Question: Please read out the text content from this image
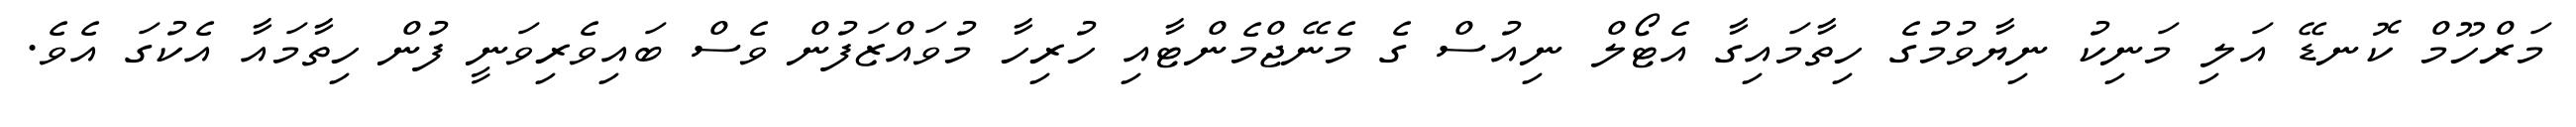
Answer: މަރްހޫމް ކޮނޑޭ އަލި މަނިކު ނިޔާވުމުގެ ހިތާމައިގާ އެޓޯލް ނިއުސް ގެ މެނޭޖްމެންޓާއި ހުރިހާ މުވައްޒަފުން ވެސް ބައިވެރިވަނީ ފުން ހިތާމައާ އެކުގަ އެވެ.